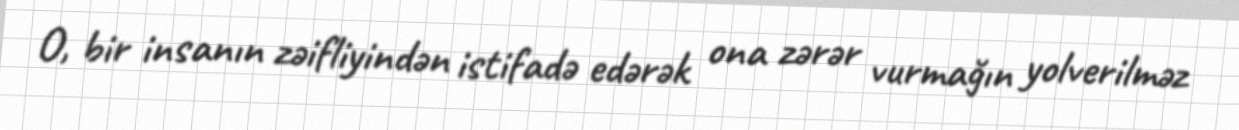
O, bir insanın zəifliyindən istifadə edərək ona zərər vurmağın yolverilməz